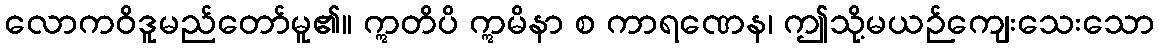
လောကဝိဒူမည်တော်မူ၏။ ဣတိပိ ဣမိနာ စ ကာရဏေန၊ ဤသို့မယဉ်ကျေးသေးသော